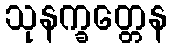
သုနက္ခတ္တေန